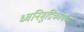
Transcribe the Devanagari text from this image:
ध्वनिमुद्रिकांमध्ये